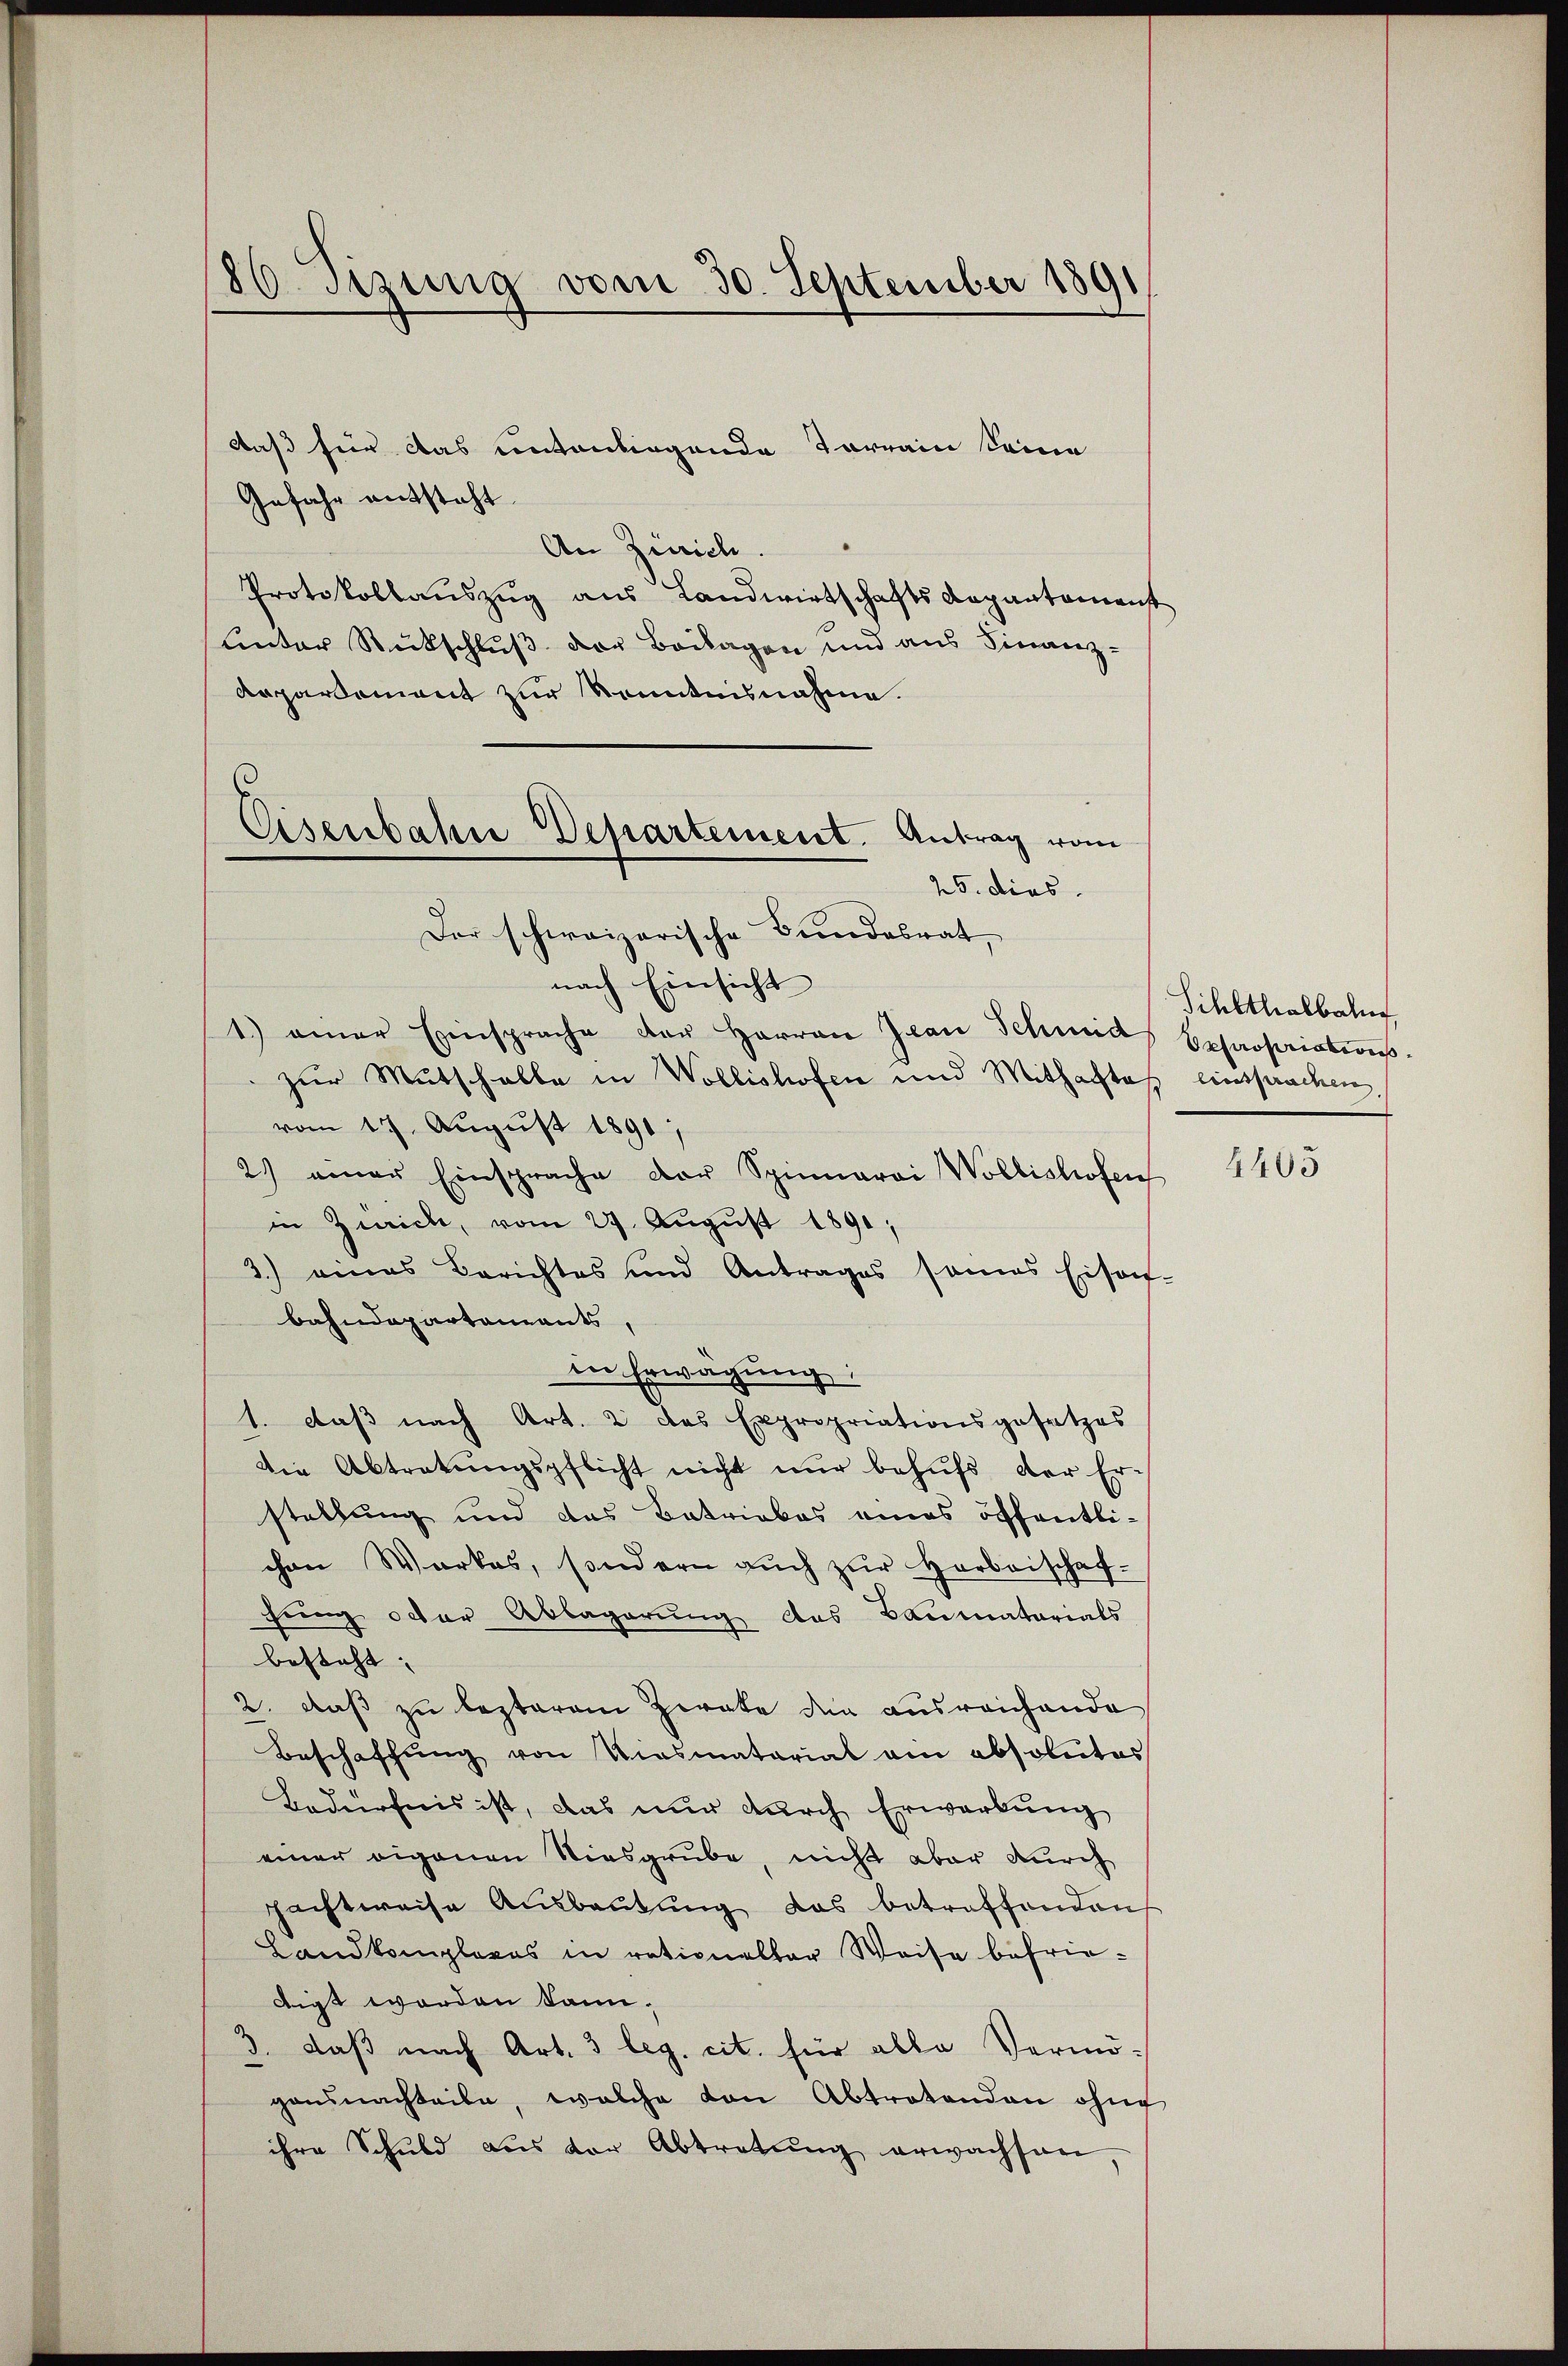
80. Sitzung vom 30. September 1891

Daß für das Contonbirgende Terrain seine
Gefahr entsteht
An Zürich.
Protokollauszug aus Landwirtschafts Departamenst
unter Rückschluß der Beilagen und aus Finanz¬
Repartement zur Kenntnisnahme.
nach Einsicht
1.) einer Einsprache der Herren Jean Schmid beharsainters
zur Mutschalle in Wollishofen und Mithaftes einsprachen,
vom 17. August 1891;
2) einer Einsprache der Spinnerei Wollishofen
in Zürich, vom 27. August 1891,
3.) eines Berichtes und Antrages sames Eisen-
bahndepartements
in Erwägung:
1. daβ nach Art. 2 das Expropriationsgesetzes
Die Abtretungspflicht nicht nur behufs der Er-
stellung und das Betriebes eines öffentlichen Werkes, sondern auch zŭr Herbeischaf-
fung oder Ablagerung das Baumatarials
besteht; |
2. daß zu lezteren Pirate den ausreichende
Beschaffung von Viasmatorial am absolutes
2
Bedürfnis ist, das nur durch Erwerkung
einer eigenen Niesgrube, nicht aber durch
chachtweise Ausbeutung das betreffenden
Landkompleres in rationalbar Weise befriedigt worden kann.
3. daß nach Art. 3 leg. cit. für alle Vermö-
gansnachteile, welche von Abtretenden ohne
ihre Schuld aus der Abtretŭng erwachsen,

Eisenbahn Departement. Antrag vom
25. dies
Der schweizerische Bundesrat,

Sihlthalbahn

4405